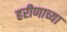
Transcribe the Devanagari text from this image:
हरीणाच्या